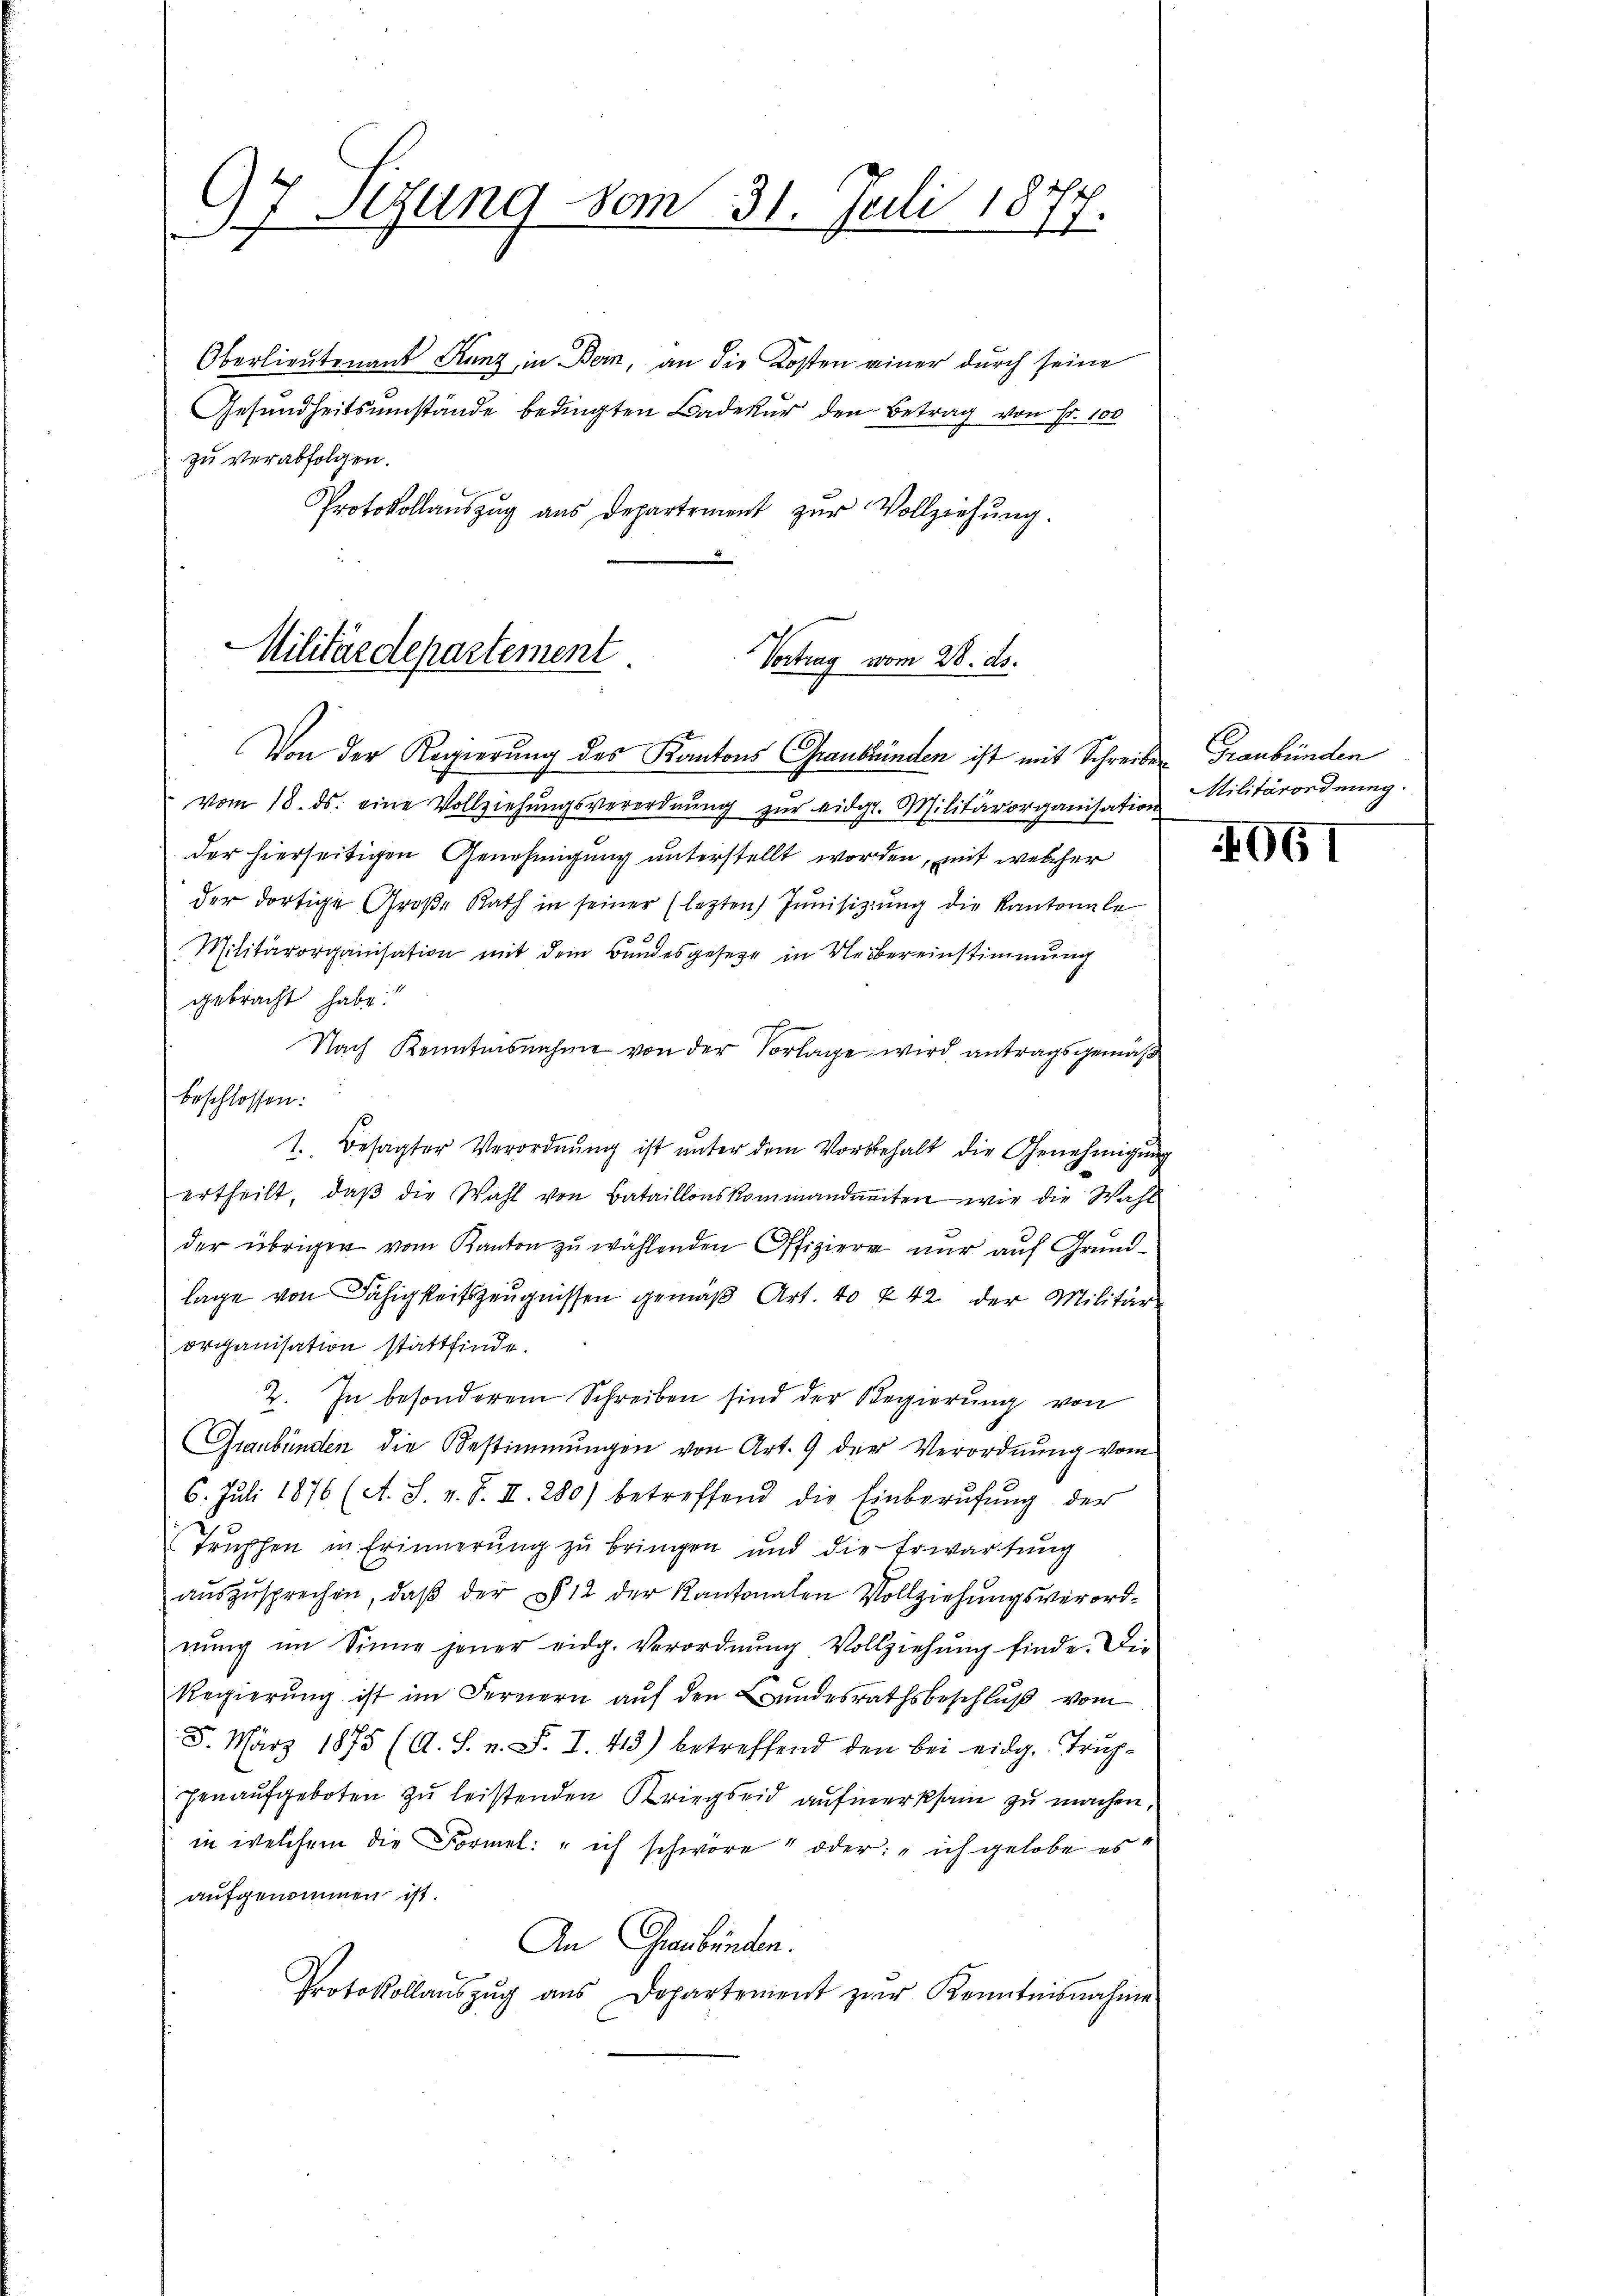
c
97 Sizung vom 31. Juli 1817.

Oberlieutenant Kunz, in Bern, an die Kosten einer durch seine
Gesundheitsumstände bedingten Badetur den Betrag von Fr. 100
zu verabfolgen.
Protokollaŭszŭg aŭs Departement zŭr Vollziehŭng.

Militärdepartement.
Vortrag vom 28. ds.
Von der Regierung des Kantons Graubünden ist mit Schreiben Graubünden

vom 18. ds. eine Vollziehungsverordnung zur eidg. Militärorganisation
der hierseitigen Genehmigung unterstellt worden, mit welcher
der dortige Große Rath in seiner (letzten Junisizung die Kantonale
Militärorganisation mit dem Bundesgesetze in Uebereinstimmung
gebracht habe.
Nach Kenntnisnahme von der Vorlage wird antragsgemäß
beschlossen:
1. besagter Verordnŭng ist ŭnter dem Vorbehalt die Genehmigŭng
ertheilt, daβ die Wahl von Bataillonskommandamten wie die Wahl
der übrigen vom Kanton zu wählenden Offiziere nur auf Grundlage von Fähigkeitszeugnissen gemäß Art. 40 f 42 der Militärorganisation stattfinde.
2. In besonderem Schreiben sind der Regierung von
Graubünden die Bestimmungen von Art. 9 der Verordnung vom
6. Juli 1876 (A. S. v. J. II. 280) betreffend die Einberŭfŭng der
Truschen in Erinnerung zu bringen und die Erwartung
aŭszŭsprechen, daβ der § 12 der Kantonalen Vollziehŭngsverord-
nŭng im Sinne jener eidg. Verordnŭng Vollziehŭng finde. Die
Regierŭng ist im Fernern auf den Bundesrathsbeschluß vom
5. März 1875 (A. S. n. F. I. 43) betreffend den bei eidg. Trich-
henaufgeboten zŭ leistenden Kriegseid aufmerksam zu machen,
in welchem die Formel: "ich schwöre" oder: "ich gelobe es
aufgenommen ist.
An Graubünden.
Protokollaŭszŭg aŭs Dopartement zur Kenntnisnahme

Militärordnung

061